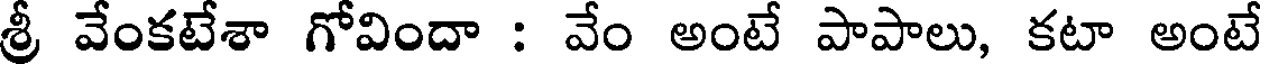
శ్రీ వేంకటేశా గోవిందా : వేం అంటే పాపాలు, కటా అంటే